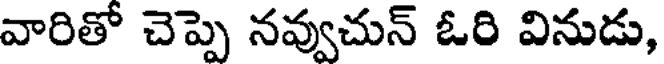
వారితో చెప్పె నవ్వుచున్ ఓరి వినుడు,